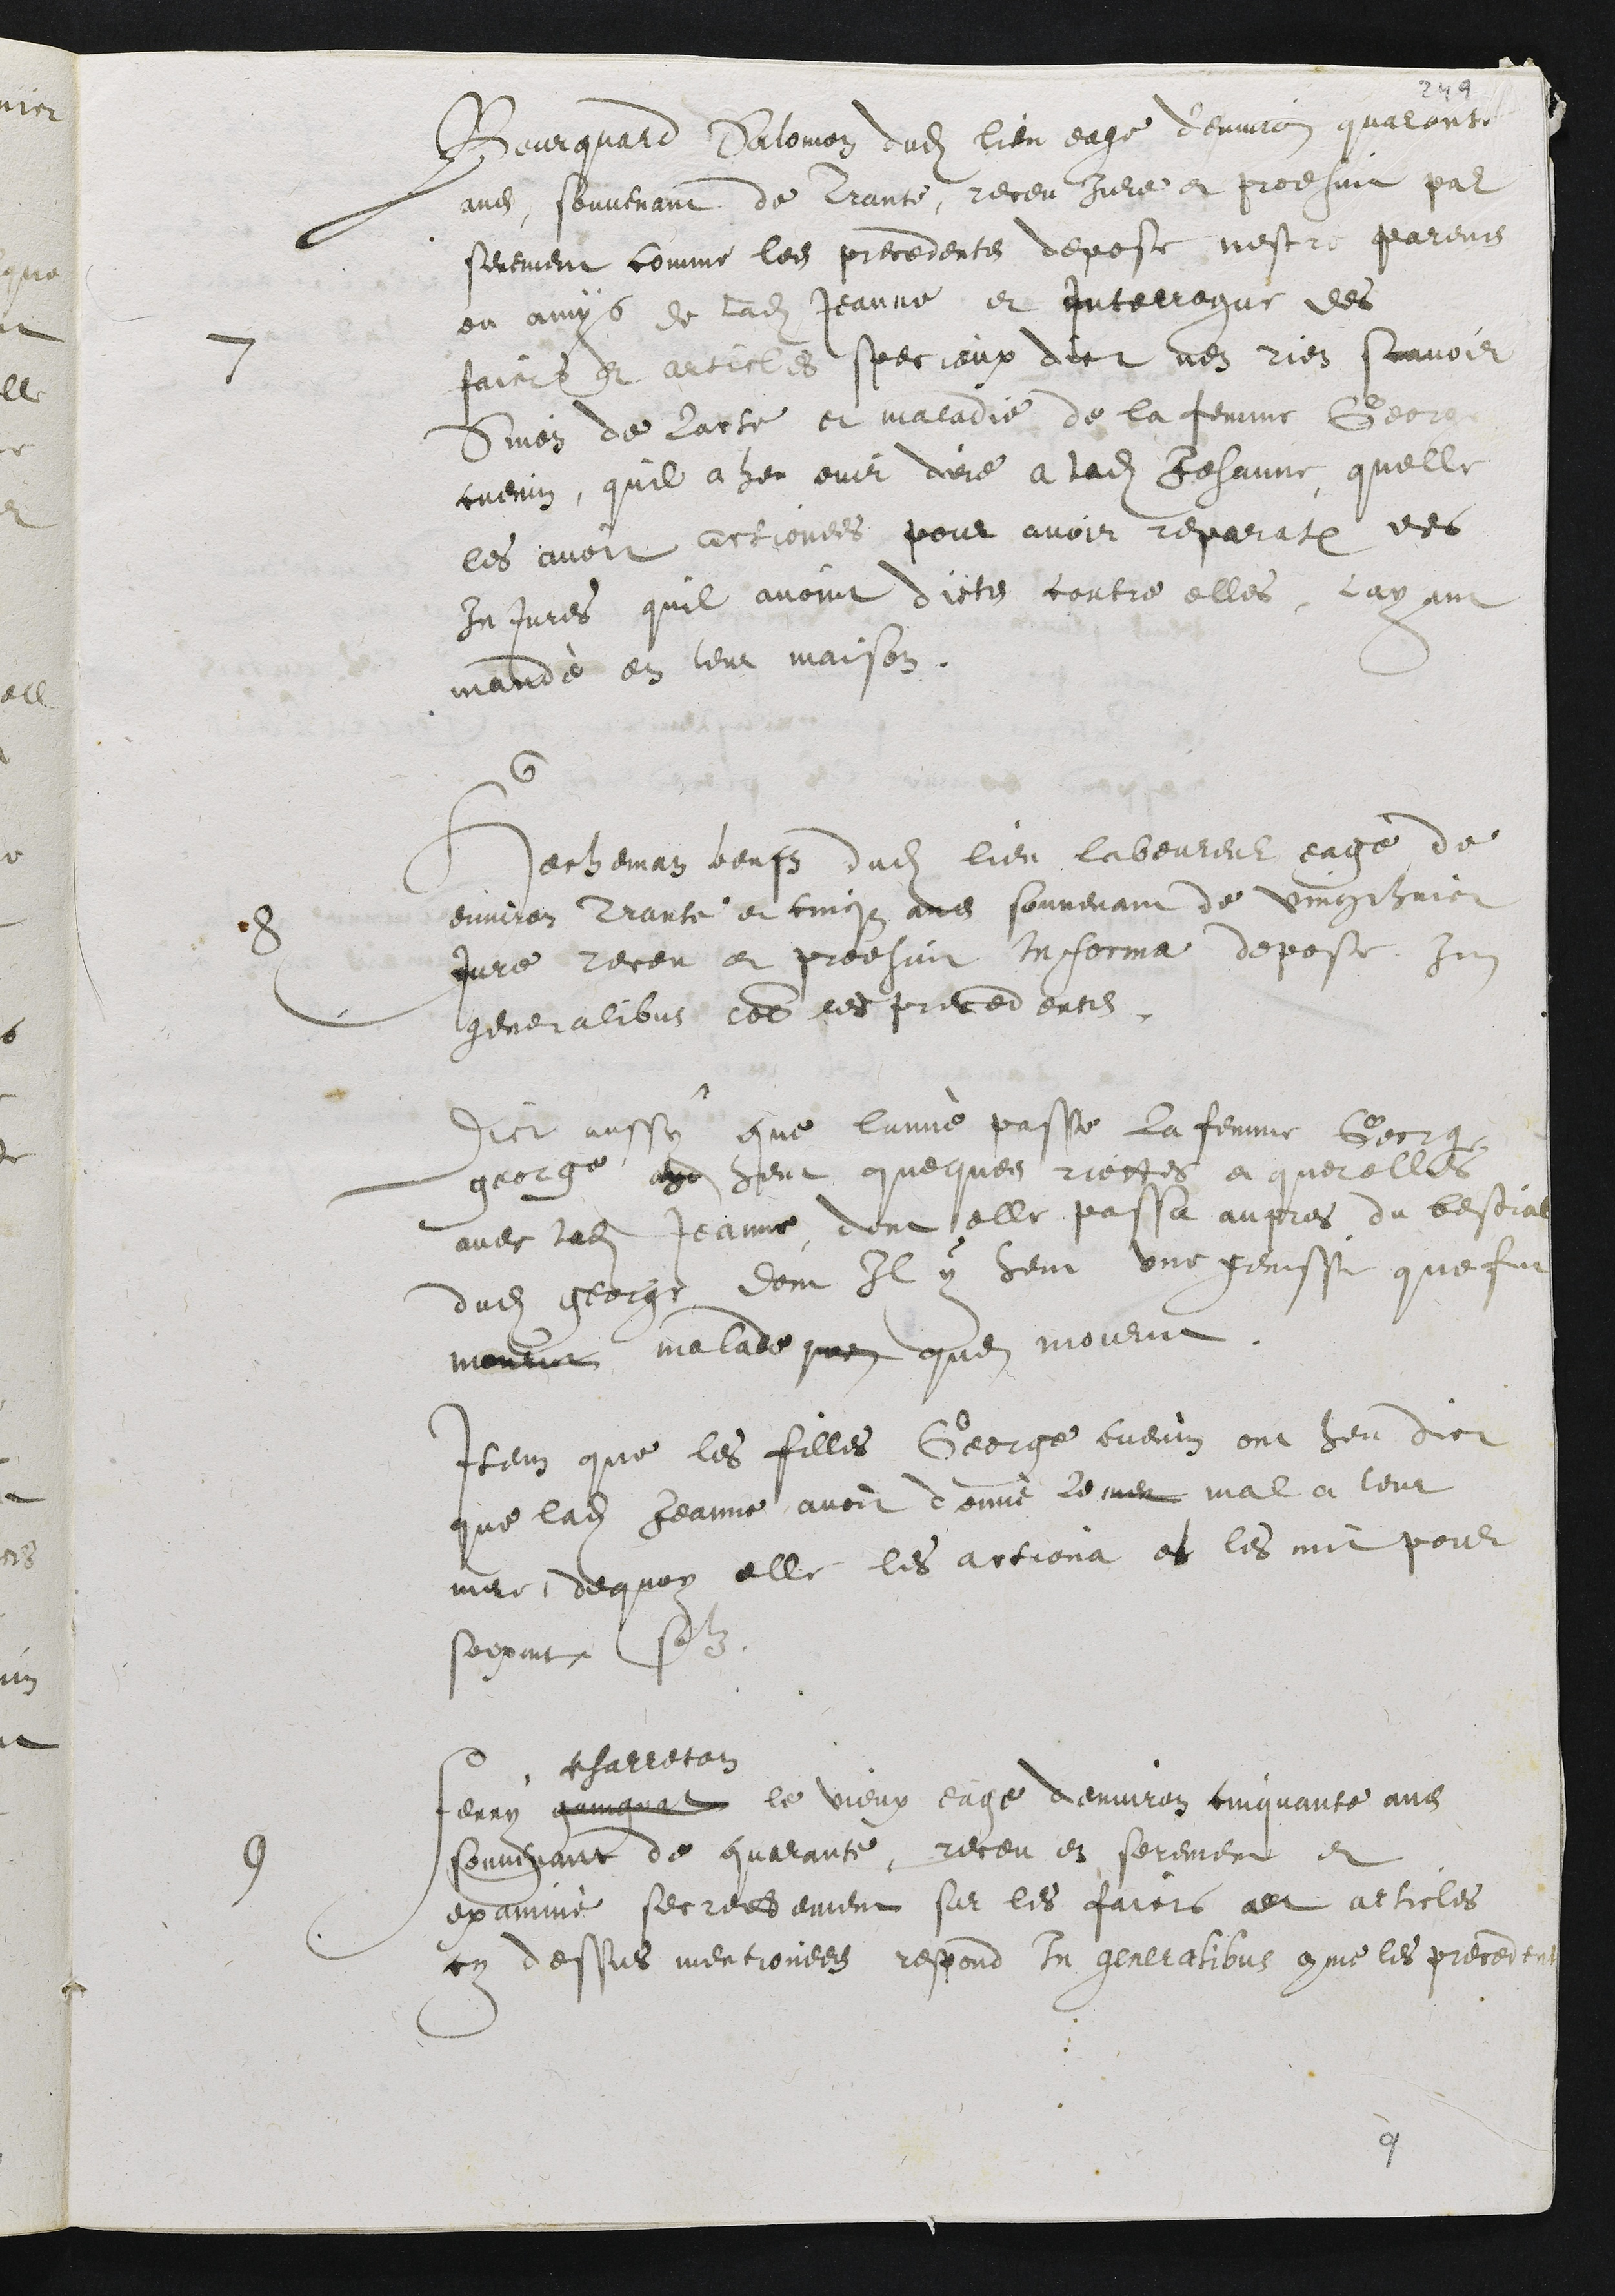
7
Bourquard Salomon dudit lieu eage d’environ quarante
ans souvenant de Trante, receu jure et prodhuit par
serement comme les precedents depose nestre parens
ou amys de ladite Jeanne et interrogue des
faicts et articles specieux dict nen rien scavoir
Sinon de lacte et maladie de la femme George
cuenin, quil a heu ouir dire a ladite Jehanne quelle
les avoit actionees pour avoir reparation des
injures quil avoint dictes contre elles, l’ayant
mandé en leur maison.
8
Hecheman beufz dudit lieu laboureur eagé de
environ trante et cinqz ans souvenant de vingthuict
Jure receu et prodhuit in forma depose In
generalibus comme les precedents
Dict aussy que lanné passe la femme George
george aye heut quelques riottes et querelles
avec ladite Jeanne dont elle passa aupres du bestial
dudit george dont il y heut une genisse que fut
mourut malade quen quen mourut
Item que les filles George cuenin ont heu dict
que ladite Jeanne avoit donné le mer mal a leur
mere dequoy elle les actiona et les mit pour
soixante solz
9
Ferry gaingnat
charreton
le vieux eage denviron cinquante ans
souvenant de quarante, receu en serement et
examiné secrettement sur les faicts et articles
cy dessus mentionees respond in generalibus comme les precedents

9